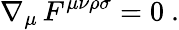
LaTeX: \nabla_{\mu}\, F^{\mu\nu\rho\sigma}=0\ .